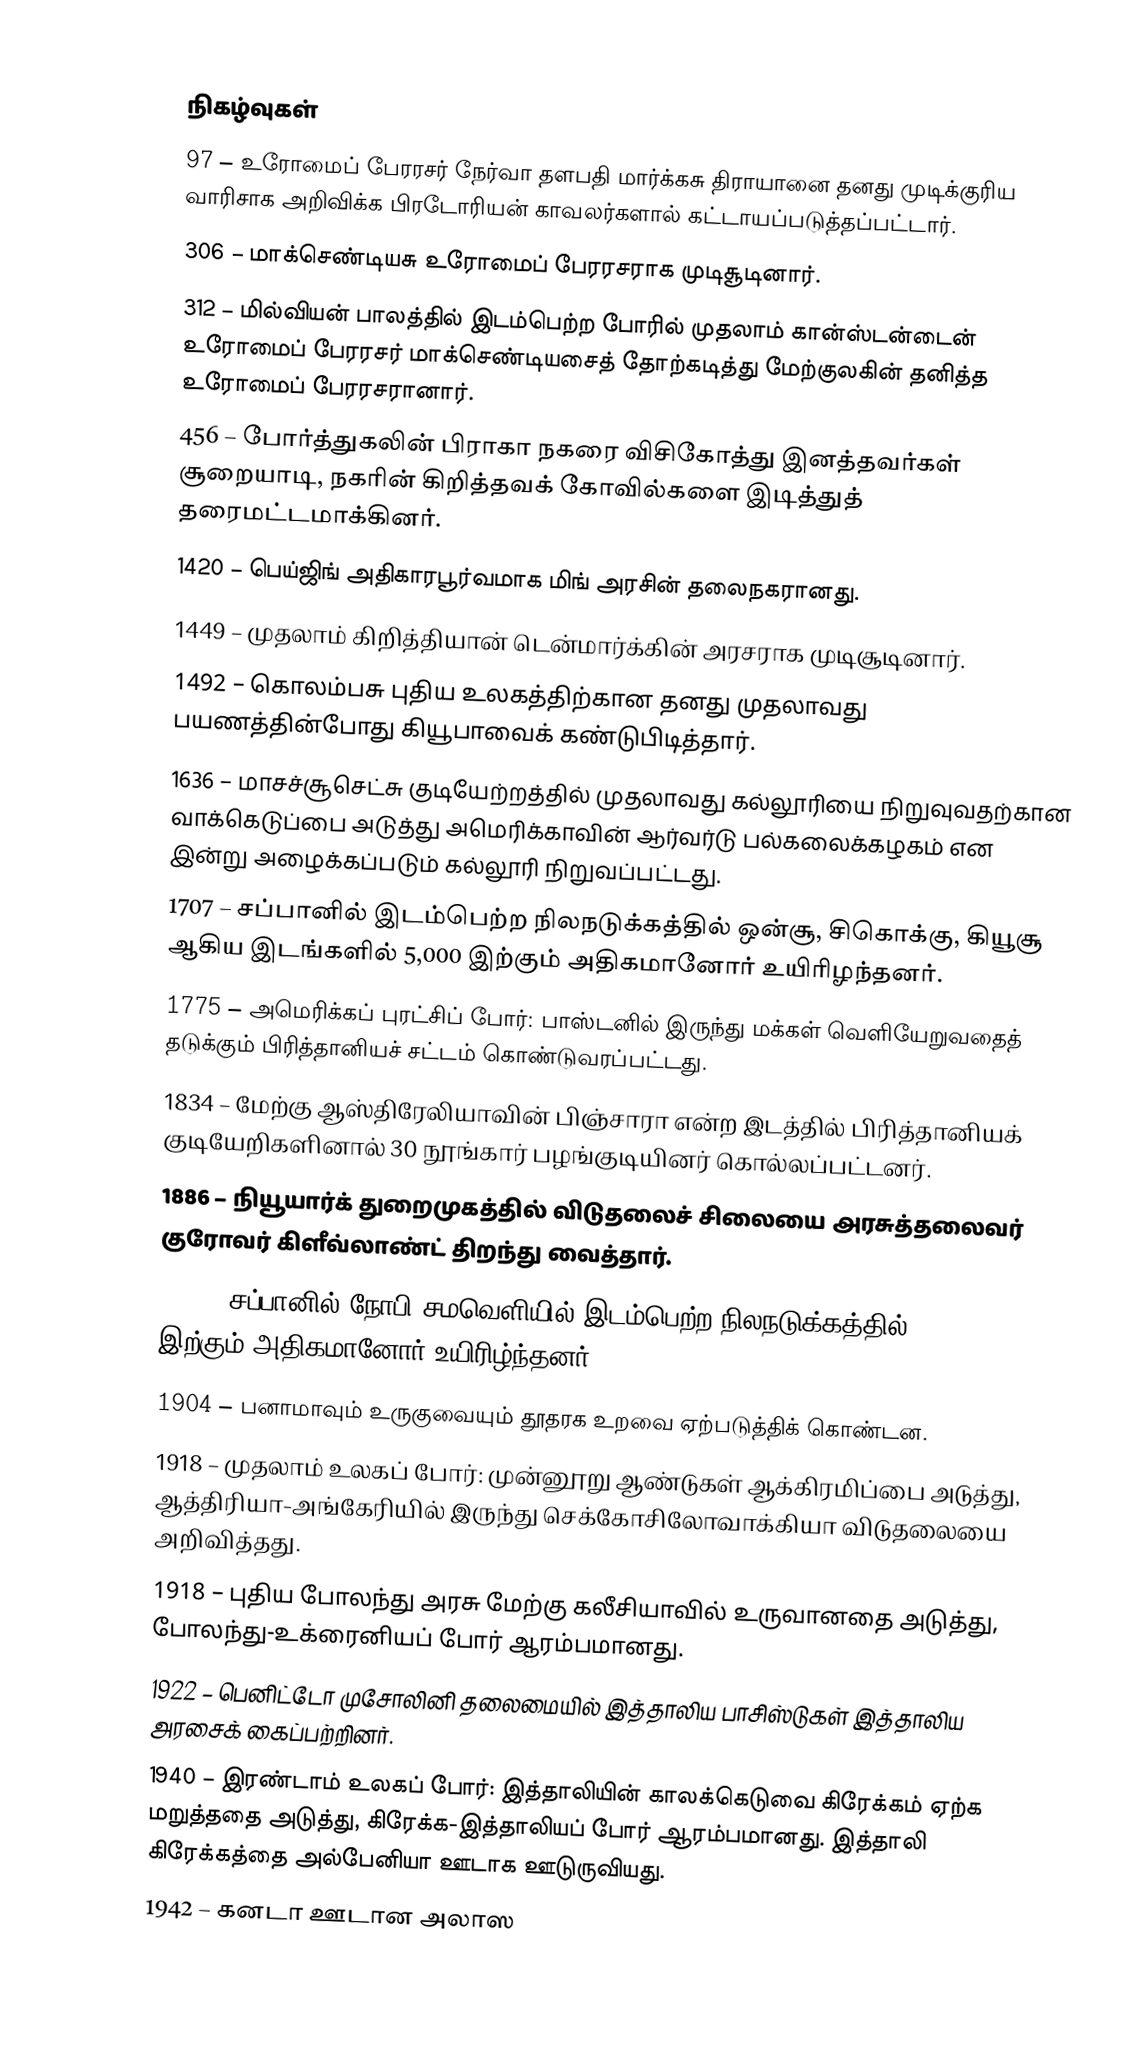

நிகழ்வுகள்
  97 – உரோமைப் பேரரசர் நேர்வா தளபதி மார்க்கசு திராயானை தனது முடிக்குரிய வாரிசாக அறிவிக்க பிரடோரியன் காவலர்களால் கட்டாயப்படுத்தப்பட்டார்.
 306 – மாக்செண்டியசு உரோமைப் பேரரசராக முடிசூடினார்.
 312 – மில்வியன் பாலத்தில் இடம்பெற்ற போரில் முதலாம் கான்ஸ்டன்டைன் உரோமைப் பேரரசர் மாக்செண்டியசைத் தோற்கடித்து மேற்குலகின் தனித்த உரோமைப் பேரரசரானார்.
 456 – போர்த்துகலின் பிராகா நகரை விசிகோத்து இனத்தவர்கள் சூறையாடி, நகரின் கிறித்தவக் கோவில்களை இடித்துத் தரைமட்டமாக்கினர்.
1420 – பெய்ஜிங் அதிகாரபூர்வமாக மிங் அரசின் தலைநகரானது.
1449 – முதலாம் கிறித்தியான் டென்மார்க்கின் அரசராக முடிசூடினார்.
1492 – கொலம்பசு புதிய உலகத்திற்கான தனது முதலாவது பயணத்தின்போது கியூபாவைக் கண்டுபிடித்தார்.
1636 – மாசச்சூசெட்சு குடியேற்றத்தில் முதலாவது கல்லூரியை நிறுவுவதற்கான வாக்கெடுப்பை அடுத்து அமெரிக்காவின் ஆர்வர்டு பல்கலைக்கழகம் என இன்று அழைக்கப்படும் கல்லூரி நிறுவப்பட்டது.
1707 – சப்பானில் இடம்பெற்ற நிலநடுக்கத்தில் ஒன்சூ, சிகொக்கு, கியூசூ ஆகிய இடங்களில் 5,000 இற்கும் அதிகமானோர் உயிரிழந்தனர்.
1775 – அமெரிக்கப் புரட்சிப் போர்: பாஸ்டனில் இருந்து மக்கள் வெளியேறுவதைத் தடுக்கும் பிரித்தானியச் சட்டம் கொண்டுவரப்பட்டது.
1834 – மேற்கு ஆஸ்திரேலியாவின் பிஞ்சாரா என்ற இடத்தில் பிரித்தானியக் குடியேறிகளினால் 30 நூங்கார் பழங்குடியினர் கொல்லப்பட்டனர்.
1886 – நியூயார்க் துறைமுகத்தில் விடுதலைச் சிலையை அரசுத்தலைவர் குரோவர் கிளீவ்லாண்ட் திறந்து வைத்தார்.
1891 – சப்பானில் நோபி சமவெளியில் இடம்பெற்ற நிலநடுக்கத்தில் 7,000 இற்கும் அதிகமானோர் உயிரிழ்ந்தனர்.
1904 – பனாமாவும் உருகுவையும் தூதரக உறவை ஏற்படுத்திக் கொண்டன.
1918 – முதலாம் உலகப் போர்: முன்னூறு ஆண்டுகள் ஆக்கிரமிப்பை அடுத்து, ஆத்திரியா-அங்கேரியில் இருந்து செக்கோசிலோவாக்கியா விடுதலையை அறிவித்தது.
1918 – புதிய போலந்து அரசு மேற்கு கலீசியாவில் உருவானதை அடுத்து, போலந்து-உக்ரைனியப் போர் ஆரம்பமானது.
1922 – பெனிட்டோ முசோலினி தலைமையில் இத்தாலிய பாசிஸ்டுகள் இத்தாலிய அரசைக் கைப்பற்றினர்.
1940 – இரண்டாம் உலகப் போர்: இத்தாலியின் காலக்கெடுவை கிரேக்கம் ஏற்க மறுத்ததை அடுத்து, கிரேக்க-இத்தாலியப் போர் ஆரம்பமானது. இத்தாலி கிரேக்கத்தை அல்பேனியா ஊடாக ஊடுருவியது.
1942 – கனடா ஊடான அலாஸ